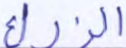
الزراع